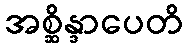
အစ္ဆိန္ဒာပေတိ